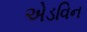
એડવિન